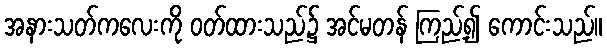
အနားသတ်ကလေးကို ဝတ်ထားသည်၌ အင်မတန် ကြည့်၍ ကောင်းသည်။